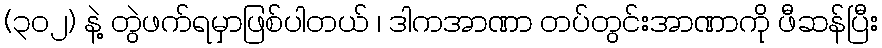
(၃၀၂) နဲ့ တွဲဖက်ရမှာဖြစ်ပါတယ် ၊ ဒါကအာဏာ တပ်တွင်းအာဏာကို ဖီဆန်ပြီး